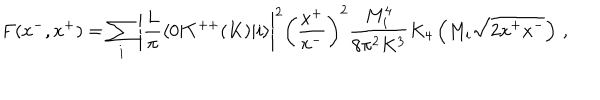
F ( x ^ { - } , x ^ { + } ) = \sum _ { i } \left| { \frac { L } { \pi } } \langle 0 | T ^ { + + } ( K ) | i \rangle \right| ^ { 2 } \left( { \frac { x ^ { + } } { x ^ { - } } } \right) ^ { 2 } { \frac { M _ { i } ^ { 4 } } { 8 \pi ^ { 2 } K ^ { 3 } } } K _ { 4 } \left( M _ { i } \sqrt { 2 x ^ { + } x ^ { - } } \right) \, ,